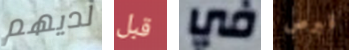
لديهم قبل في قبرص